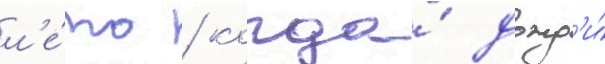
л'е́то / когда́ дожд'и́